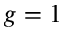
g = 1